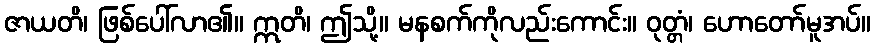
ဇာယတိ၊ ဖြစ်ပေါ်လာ၏။ ဣတိ၊ ဤသို့။ မနစက်ကိုလည်းကောင်း။ ဝုတ္တံ၊ ဟောတော်မူအပ်။